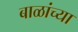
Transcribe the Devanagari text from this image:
बाळांच्या